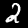
Digit: 2